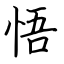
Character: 悟